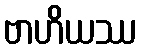
ဗာဟိယဿ